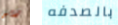
ربو بالصدفه